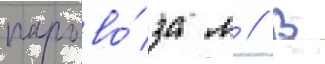
парово́за л // В